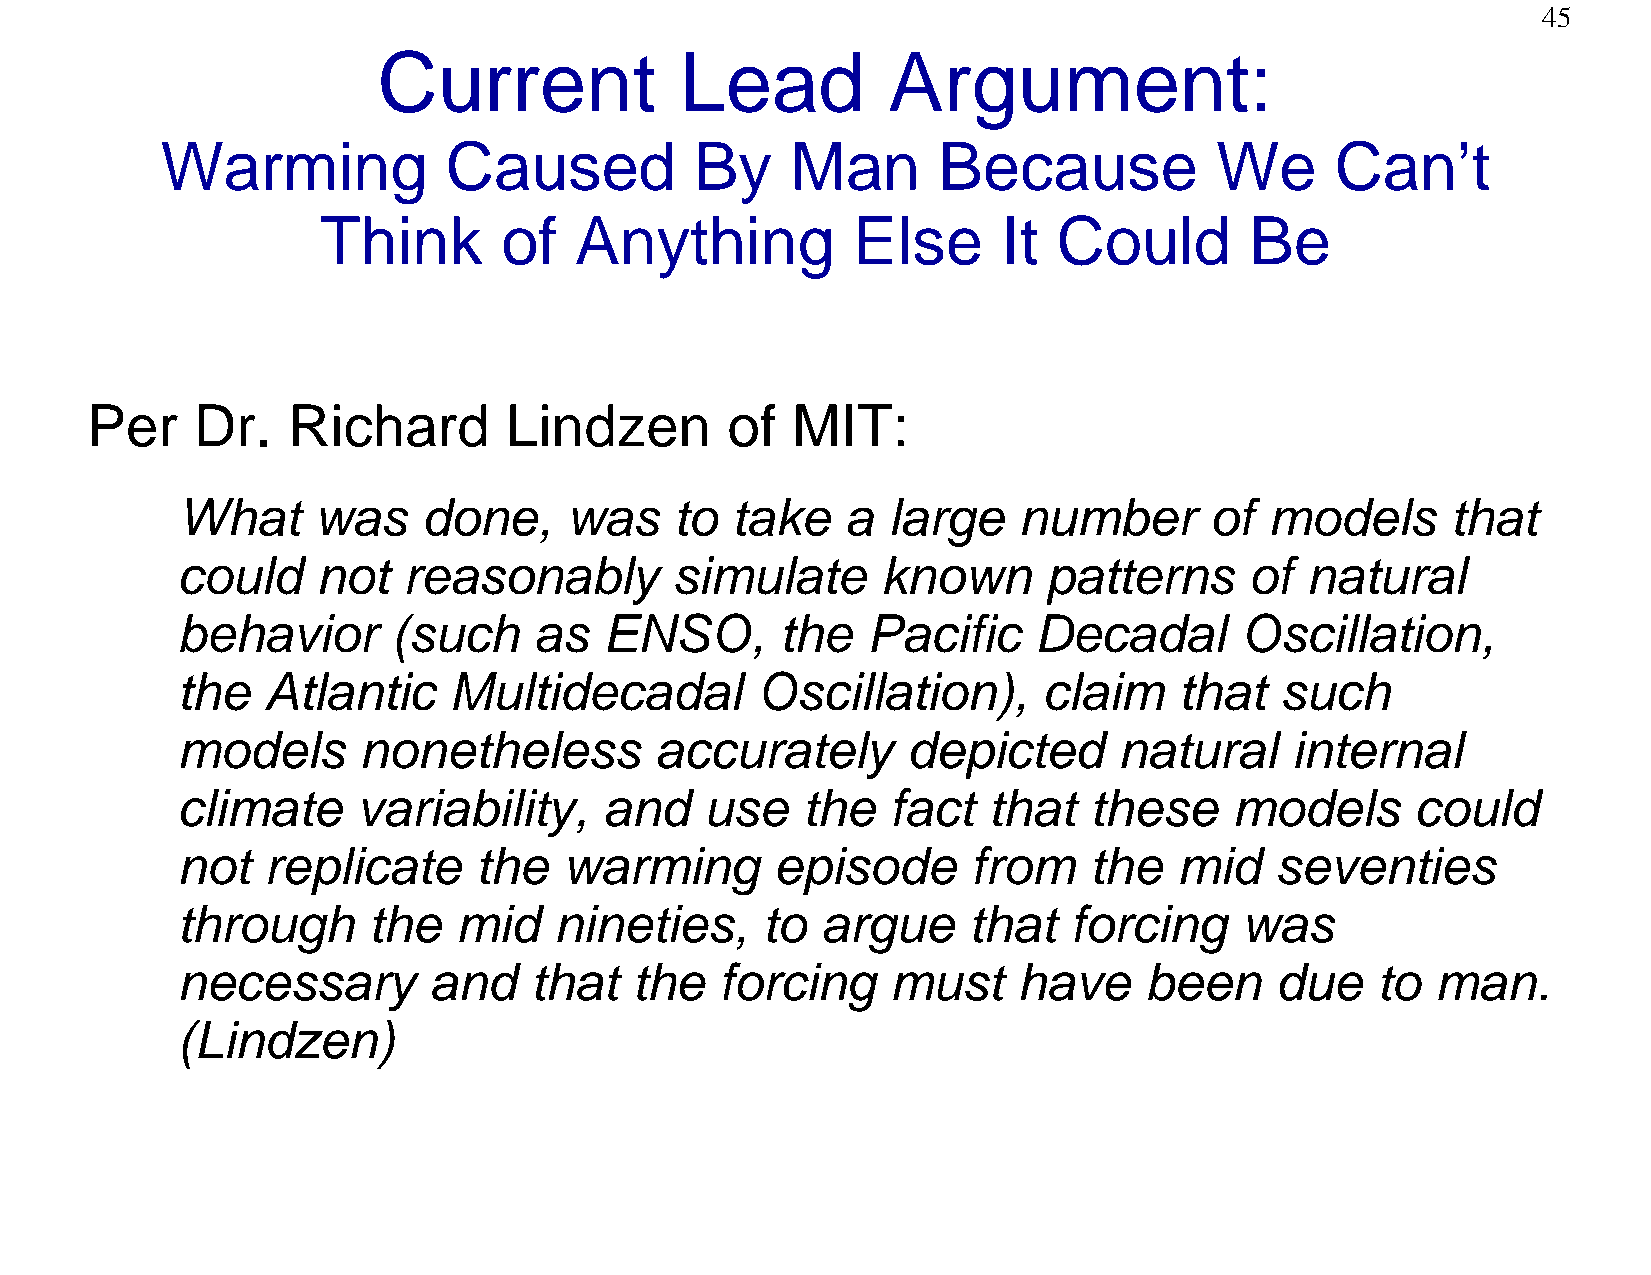
45
 Current             Lead          Argument:
 Warming           Caused           By    Man       Because           We      Can’t
 Think       of   Anything          Else      It  Could        Be
 Per    Dr.   Richard       Lindzen        of  MIT:
 What     was    done,    was     to take    a  large   number       of  models      that
 could    not   reasonably       simulate      known      patterns      of natural
 behavior      (such    as   ENSO,       the  Pacific    Decadal       Oscillation,
 the  Atlantic     Multidecadal        Oscillation),      claim    that   such
 models      nonetheless        accurately       depicted      natural    internal
 climate     variability,    and    use   the   fact  that   these     models      could
 not  replicate     the   warming       episode      from    the   mid   seventies
 through     the   mid    nineties,    to  argue     that   forcing    was
 necessary       and    that   the   forcing    must    have     been    due    to  man.
 (Lindzen)